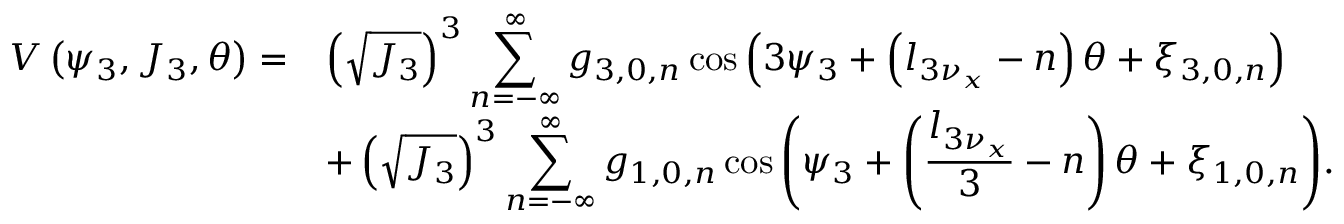
\begin{array} { c l } { V \left( \psi _ { 3 } , J _ { 3 } , \theta \right) = } & { \displaystyle \left( \sqrt { J _ { 3 } } \right) ^ { 3 } \displaystyle \sum _ { n = - \infty } ^ { \infty } { g _ { 3 , 0 , n } \cos { \left( 3 \psi _ { 3 } + \left( l _ { 3 \nu _ { x } } - n \right) \theta + \xi _ { 3 , 0 , n } \right) } } } \\ & { \displaystyle + \left( \sqrt { J _ { 3 } } \right) ^ { 3 } \displaystyle \sum _ { n = - \infty } ^ { \infty } { g _ { 1 , 0 , n } \cos { \left( \psi _ { 3 } + \left( \frac { l _ { 3 \nu _ { x } } } { 3 } - n \right) \theta + \xi _ { 1 , 0 , n } \right) } } . } \end{array}